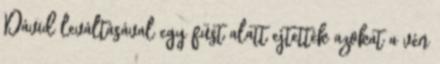
Dávid leváltásával egy füst alatt ejtették azokat a vén